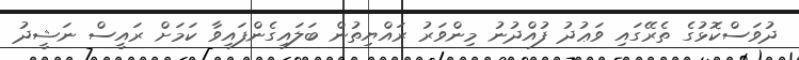
ދުވަސްކޮޅުގެ ތެރޭގައި ވަޢުދު ފުއްދުނު މިންވަރު ރައްޔިތުން ބަލައިގެންފައިވާ ކަމަށް ރައީސް ނަޝީދު